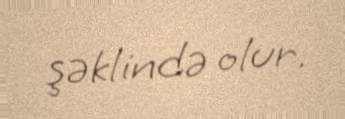
şəklində olur.